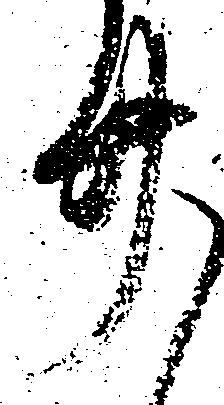
廿